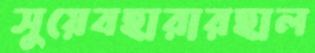
সুয়েবহারারহাল